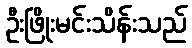
ဦးဖြိုးမင်းသိန်းသည်